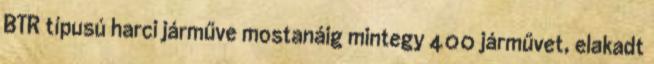
BTR típusú harci járműve mostanáig mintegy 400 járművet, elakadt